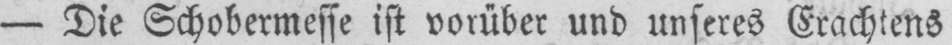
- Die Schobermesse ist vorüber und unseres Erachtens